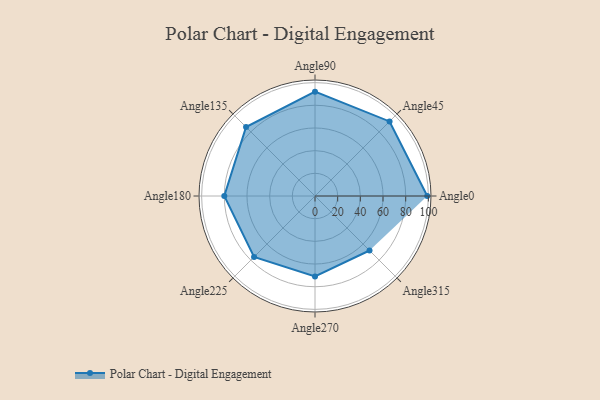
{"axis": {"x": "Angle", "y": "Radius"}, "legend": [""], "data": [{"x": "Angle0", "y": 99.0, "type": ""}, {"x": "Angle45", "y": 93.0, "type": ""}, {"x": "Angle90", "y": 92.0, "type": ""}, {"x": "Angle135", "y": 86.0, "type": ""}, {"x": "Angle180", "y": 80.0, "type": ""}, {"x": "Angle225", "y": 76.0, "type": ""}, {"x": "Angle270", "y": 71.0, "type": ""}, {"x": "Angle315", "y": 68.0, "type": ""}]}